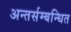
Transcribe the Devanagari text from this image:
अन्तर्सम्बन्धित